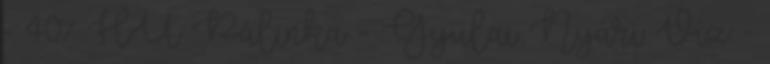
- 40% HU Pálinka - Gyulai Nyári Víz -